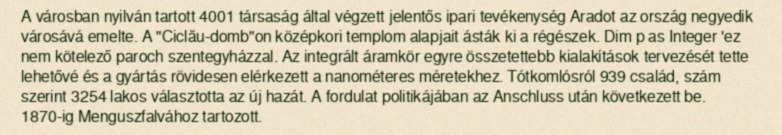
A városban nyilván tartott 4001 társaság által végzett jelentős ipari tevékenység Aradot az ország negyedik városává emelte. A "Ciclău-domb"on középkori templom alapjait ásták ki a régészek. Dim p as Integer 'ez nem kötelező paroch szentegyházzal. Az integrált áramkör egyre összetettebb kialakítások tervezését tette lehetővé és a gyártás rövidesen elérkezett a nanométeres méretekhez. Tótkomlósról 939 család, szám szerint 3254 lakos választotta az új hazát. A fordulat politikájában az Anschluss után következett be. 1870-ig Menguszfalvához tartozott.